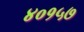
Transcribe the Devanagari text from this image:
४०१५७